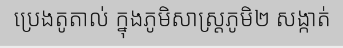
ប្រេងតូតាល់ ក្នុងភូមិសាស្ត្រភូមិ២ សង្កាត់